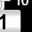
Digit: 1